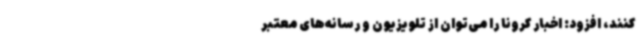
کنند، افزود: اخبار کرونا را می‌توان از تلویزیون و رسانه‌های معتبر